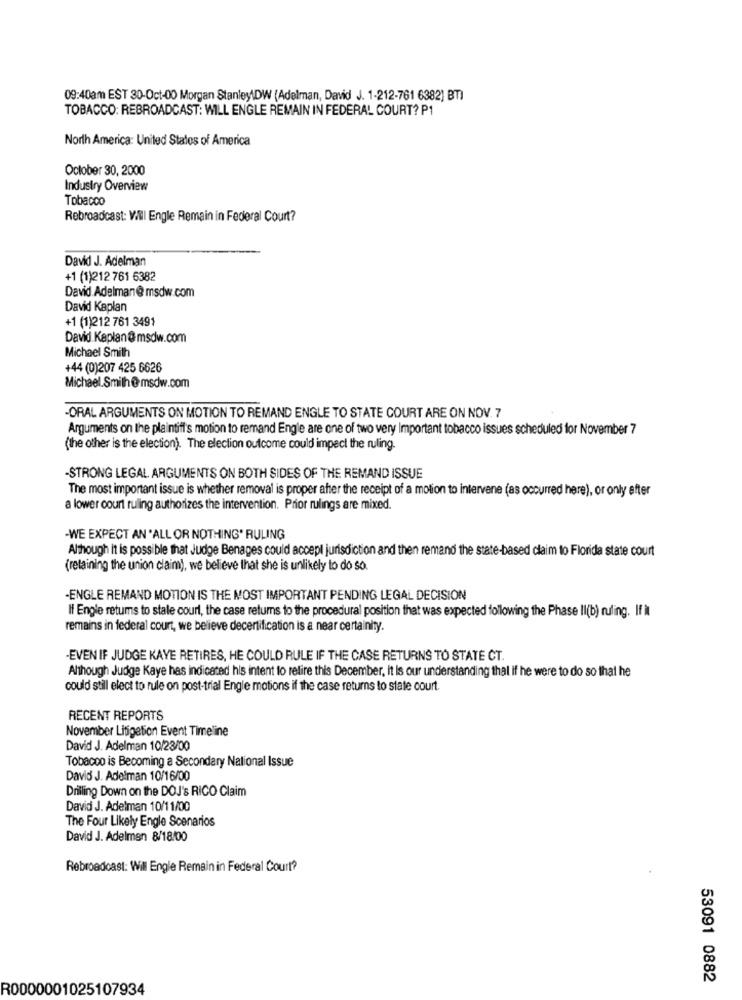
09:40am EST 30-Oct-00 Morgan Stanley\DW (Adelman, David J. 1-212-761 6382] BT)
TOBACCO: REBROADCAST: WILL ENGLE REMAIN IN FEDERAL COURT? P1
North America: United States of America
October 30, 2000
Industry Overview
Tobacco
Rebroadcast: Will Engle Remain in Federal Court?
David J. Adelman
+1 (1)212 761 6382
David. Adelman@ msdw.com
David Kaplan
+1 (1)212 761 3491
David.Kaplan@msdw.com
Michael Smith
+44 (0)207 425 6626
Michael.Smith@msdw.com
-ORAL ARGUMENTS ON MOTION TO REMAND ENGLE TO STATE COURT ARE ON NOV. 7
Arguments on the plaintiff's motion to remand Engle are one of two very Important tobacco issues scheduled for November 7
(the other is the election). The election outcome could impect the ruling.
-STRONG LEGAL ARGUMENTS ON BOTH SIDES OF THE REMAND ISSUE
The most important issue is whether removal is proper after the receipt of a motion to intervene (as occurred here), or only after
a lower court ruling authorizes the intervention. Prior rulings are mixed.
-WE EXPECT AN 'ALL OR NOTHING" RULING
Although it is possible that Judge Benages could accept jurisdiction and then remand the state-based claim to Florida state court
(retaining the union claim), we believe that she is unlikely to do so.
-ENGLE REMAND MOTION IS THE MOST IMPORTANT PENDING LEGAL DECISION
If Engle retums to stale court, the case returns to the procedural position that was expected following the Phase II(b) ruling. If It
remains in federal court, we believe decertification is a near certainity.
-EVEN IF JUDGE KAYE RETIRES, HE COULD RULE IF THE CASE RETURNS TO STATE CT.
Although Judge Kaye has indicated his intent to relire this December, it is our understanding thal if he were to do so that he
could still elect to rule on post-trial Engle motions if the case returns to state court.
RECENT REPORTS
November Litigation Event Timeline
David J. Adelman 10/23/00
Tobacco is Becoming a Secondary National Issue
David J. Adelman 10/16/00
Drilling Down on the DOJ's RICO Claim
David J. Adelman 10/11/00
The Four Likely Engle Scenarios
David J. Adelmen 8/18/00
Rebroadcast: Will Engle Remain in Federal Court?
53091 0882
R0000001025107934